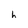
Character: h